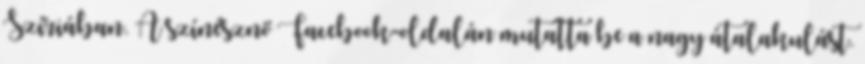
Szíriában. A színésznő Facebook-oldalán mutatta be a nagy átalakulást.